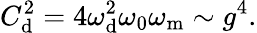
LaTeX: C_{\mathrm{d}}^{2}=4\omega_{\mathrm{d}}^{2}\omega_{\mathrm{0}}\omega_{\mathrm{m}}\sim g^{4}.